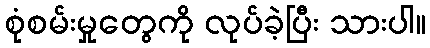
စုံစမ်းမှုတွေကို လုပ်ခဲ့ပြီး သားပါ။